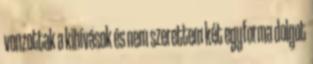
vonzottak a kihívások és nem szerettem két egyforma dolgot